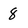
Character: 8